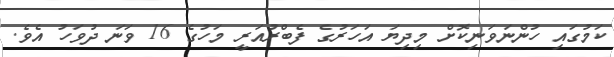
ކަމުގައި ހުންނަވަނިކޮށް މިދިޔަ އަހަރުގެ ފެބްރުއަރީ މަހުގެ 16 ވަނަ ދުވަހު އެވެ.